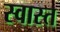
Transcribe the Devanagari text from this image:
स्वास्त